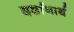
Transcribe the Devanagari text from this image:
दर्शानार्थ